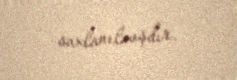
saxlanılmışdır.